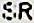
SR